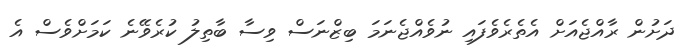
ދަށުން ރާއްޖެއަށް އެތެރެވެފައި ނުވެއްޖެނަމަ ބިޒްނަސް ވިސާ ބާތިލު ކުރެވޭނެ ކަމަށްވެސް އެ